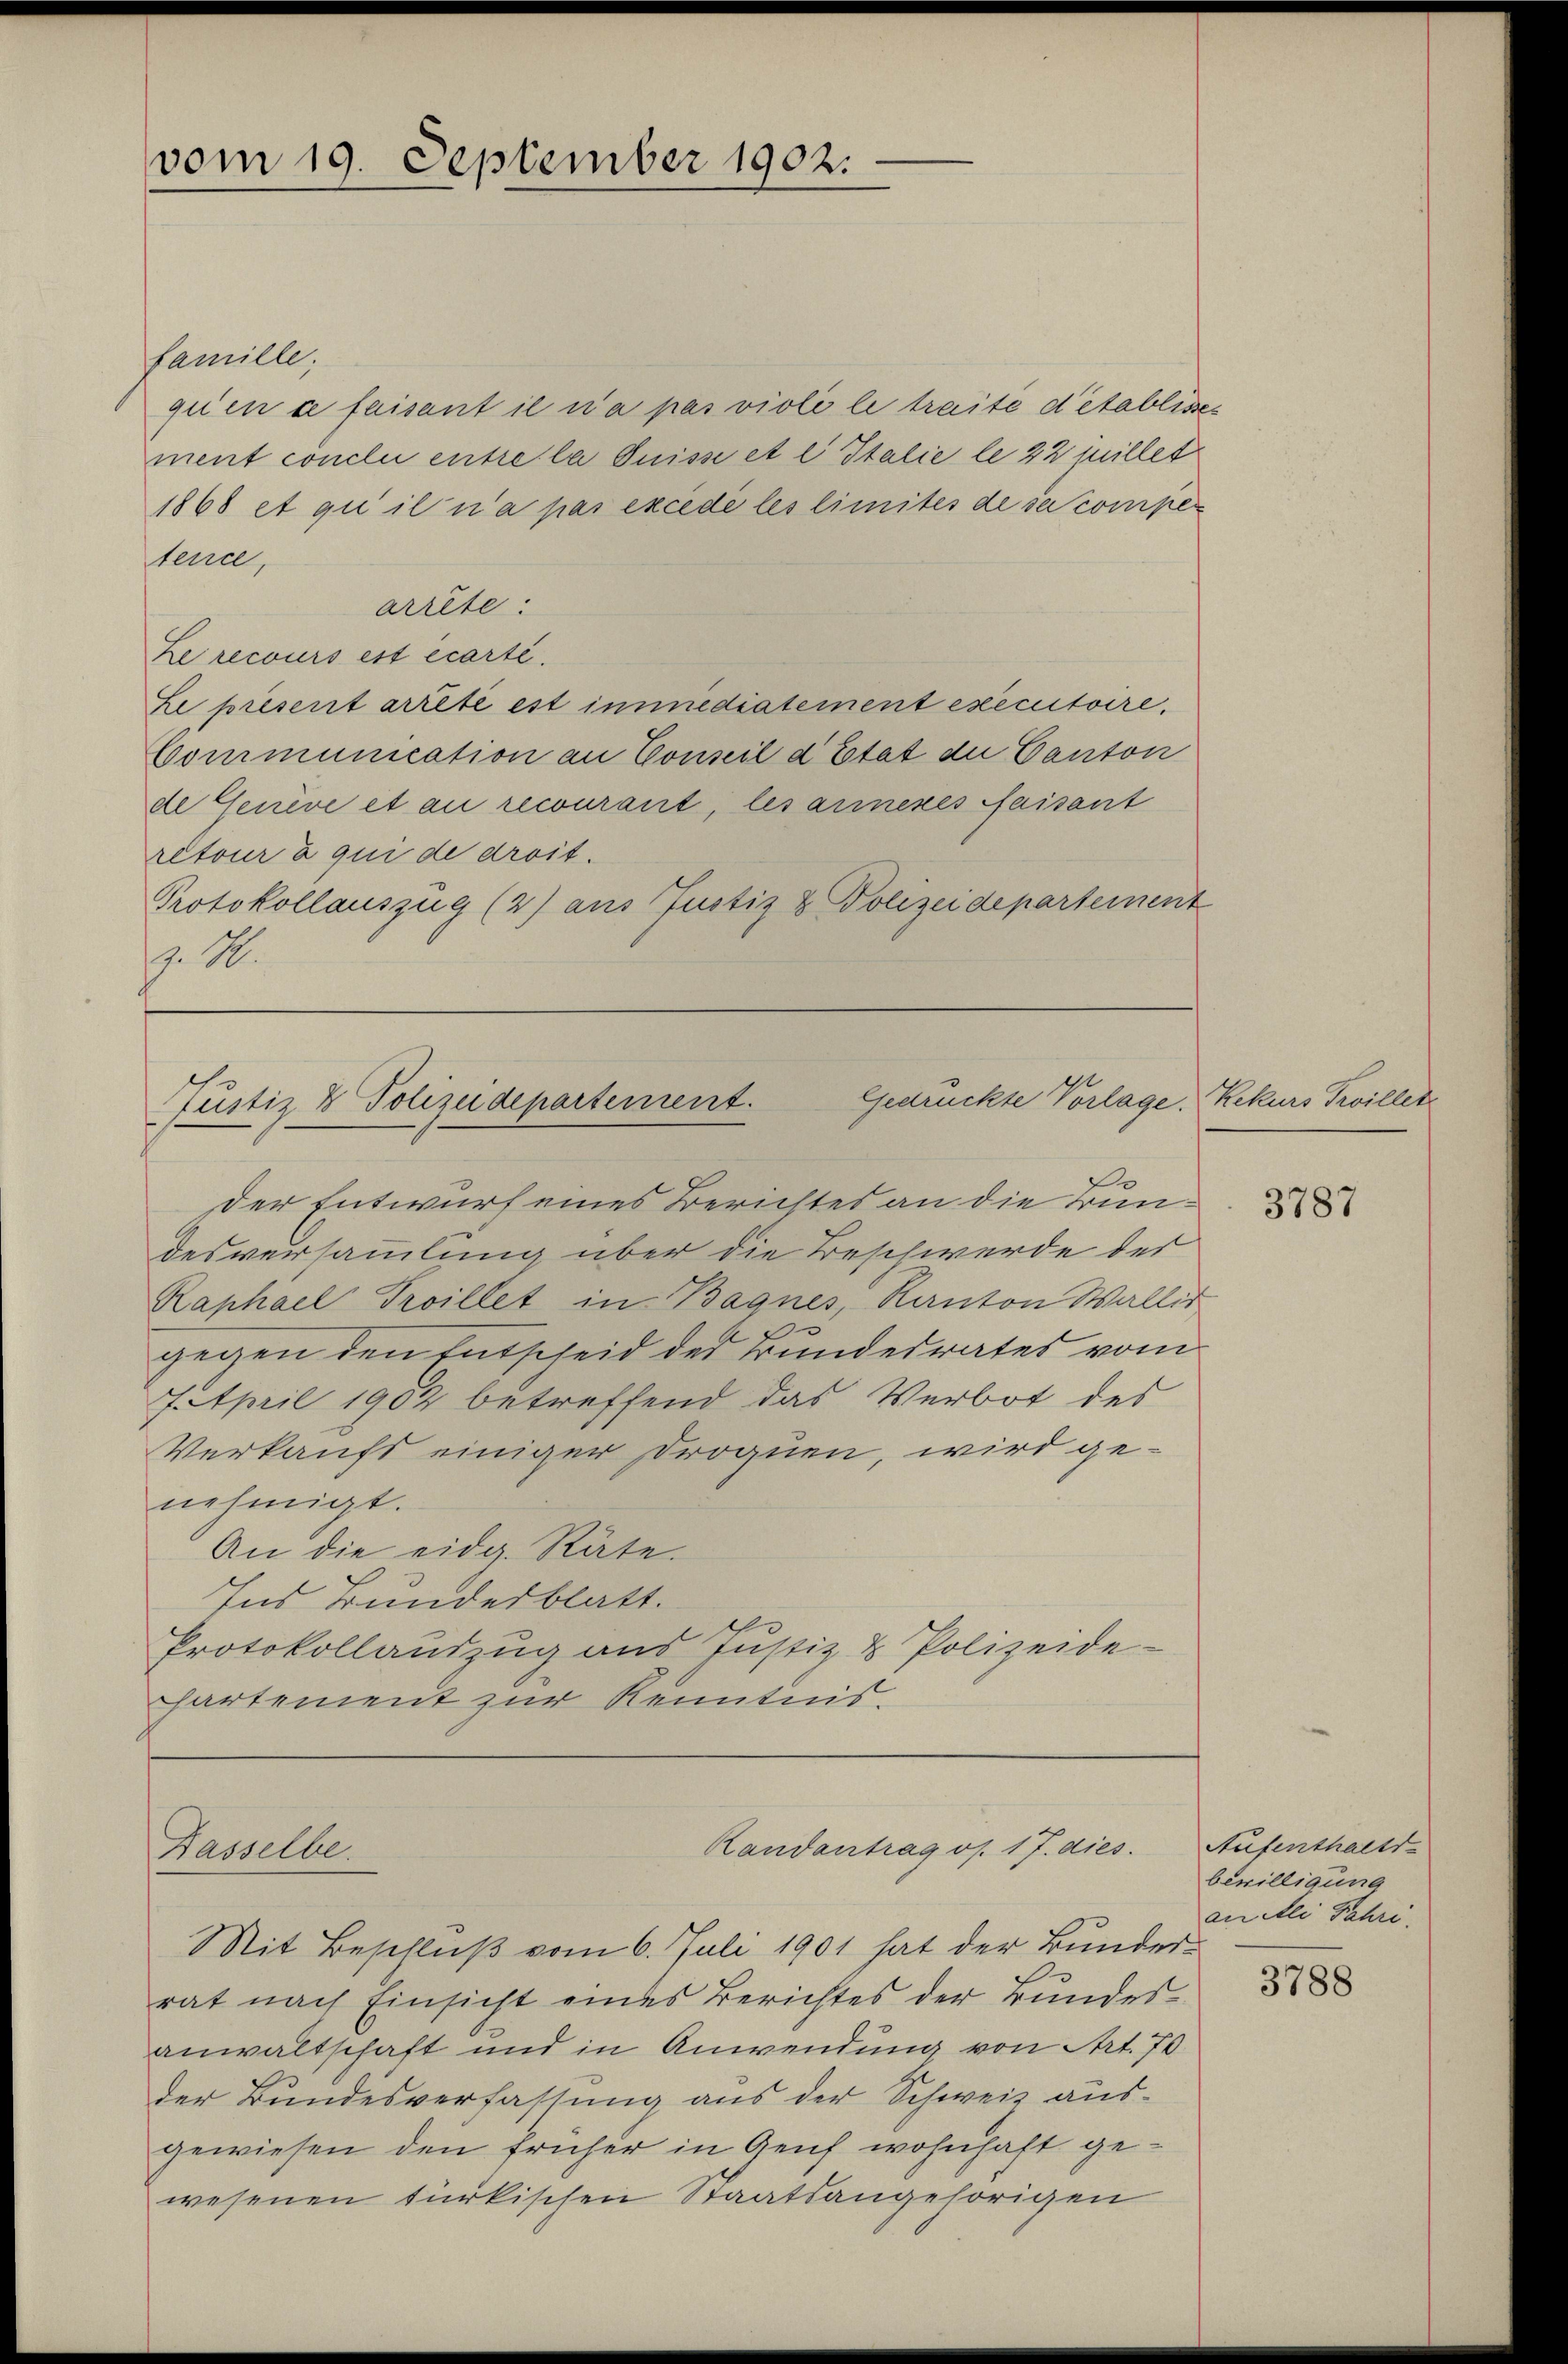
famille;
quen ce faisant il n’a pas violi le traite detablisses
ment conclu entre la Suisse et e Italie le 22 fillet
1868 et qui il n’a pas excede les limites de se comper
tence,
arrête:
Le recours est écarti.
Le present arrêté est immediatement executoire,
Couimunication an Conseil d’Etat der Canton
de Geneve et an recourant, les anneres faisant
retour a qui de droit.
Protokollauszug (2) aus Justiz & Polizeidepartement
. M.

vom 19. September 1902.

Gedrückte Vorlage.
Tustiz & Polizeidepartement.

Dasselbe.

Raphael Troillet in Bagnes, Kanton Wallis
gegen den Entscheid des Bundesrates vom
7. April 1902 betreffend das Verbot des
Verkaufs einiger Droguen, wird genehmigt.
An die eidg. Räte.
Ins Bundesblatt.
Protokollandzug aus Justiz & Polizeide-
hartement zur Kenntnis.

Der Entwurf eines Berichtes an die Bundesversammlung über die Beschwerde der

Randantrag os. 17. dies

Mit Beschluß vom 6. Juli 1901 hat der Bunderrat nach Einsicht eines Berichtes der Bundes-
anwaltschaft und in Anwendung von Art. 70
der Bundesverfassung aus der Schweiz ausgewiesen den früher in Genf wohnhaft gewesenen türkischen Staatsangehörigen

Kekurs Pillet

Aufenthalts-
bewilligung
an Ali Fahri.

3788